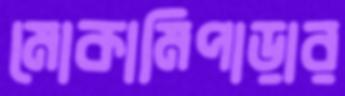
মোকামিপাড়ার